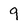
Character: 9